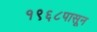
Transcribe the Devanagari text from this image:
१९६८पासून